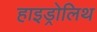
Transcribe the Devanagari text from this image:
हाइड्रोलिथ